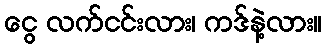
ငွေ လက်ငင်းလား၊ ကဒ်နဲ့လား။